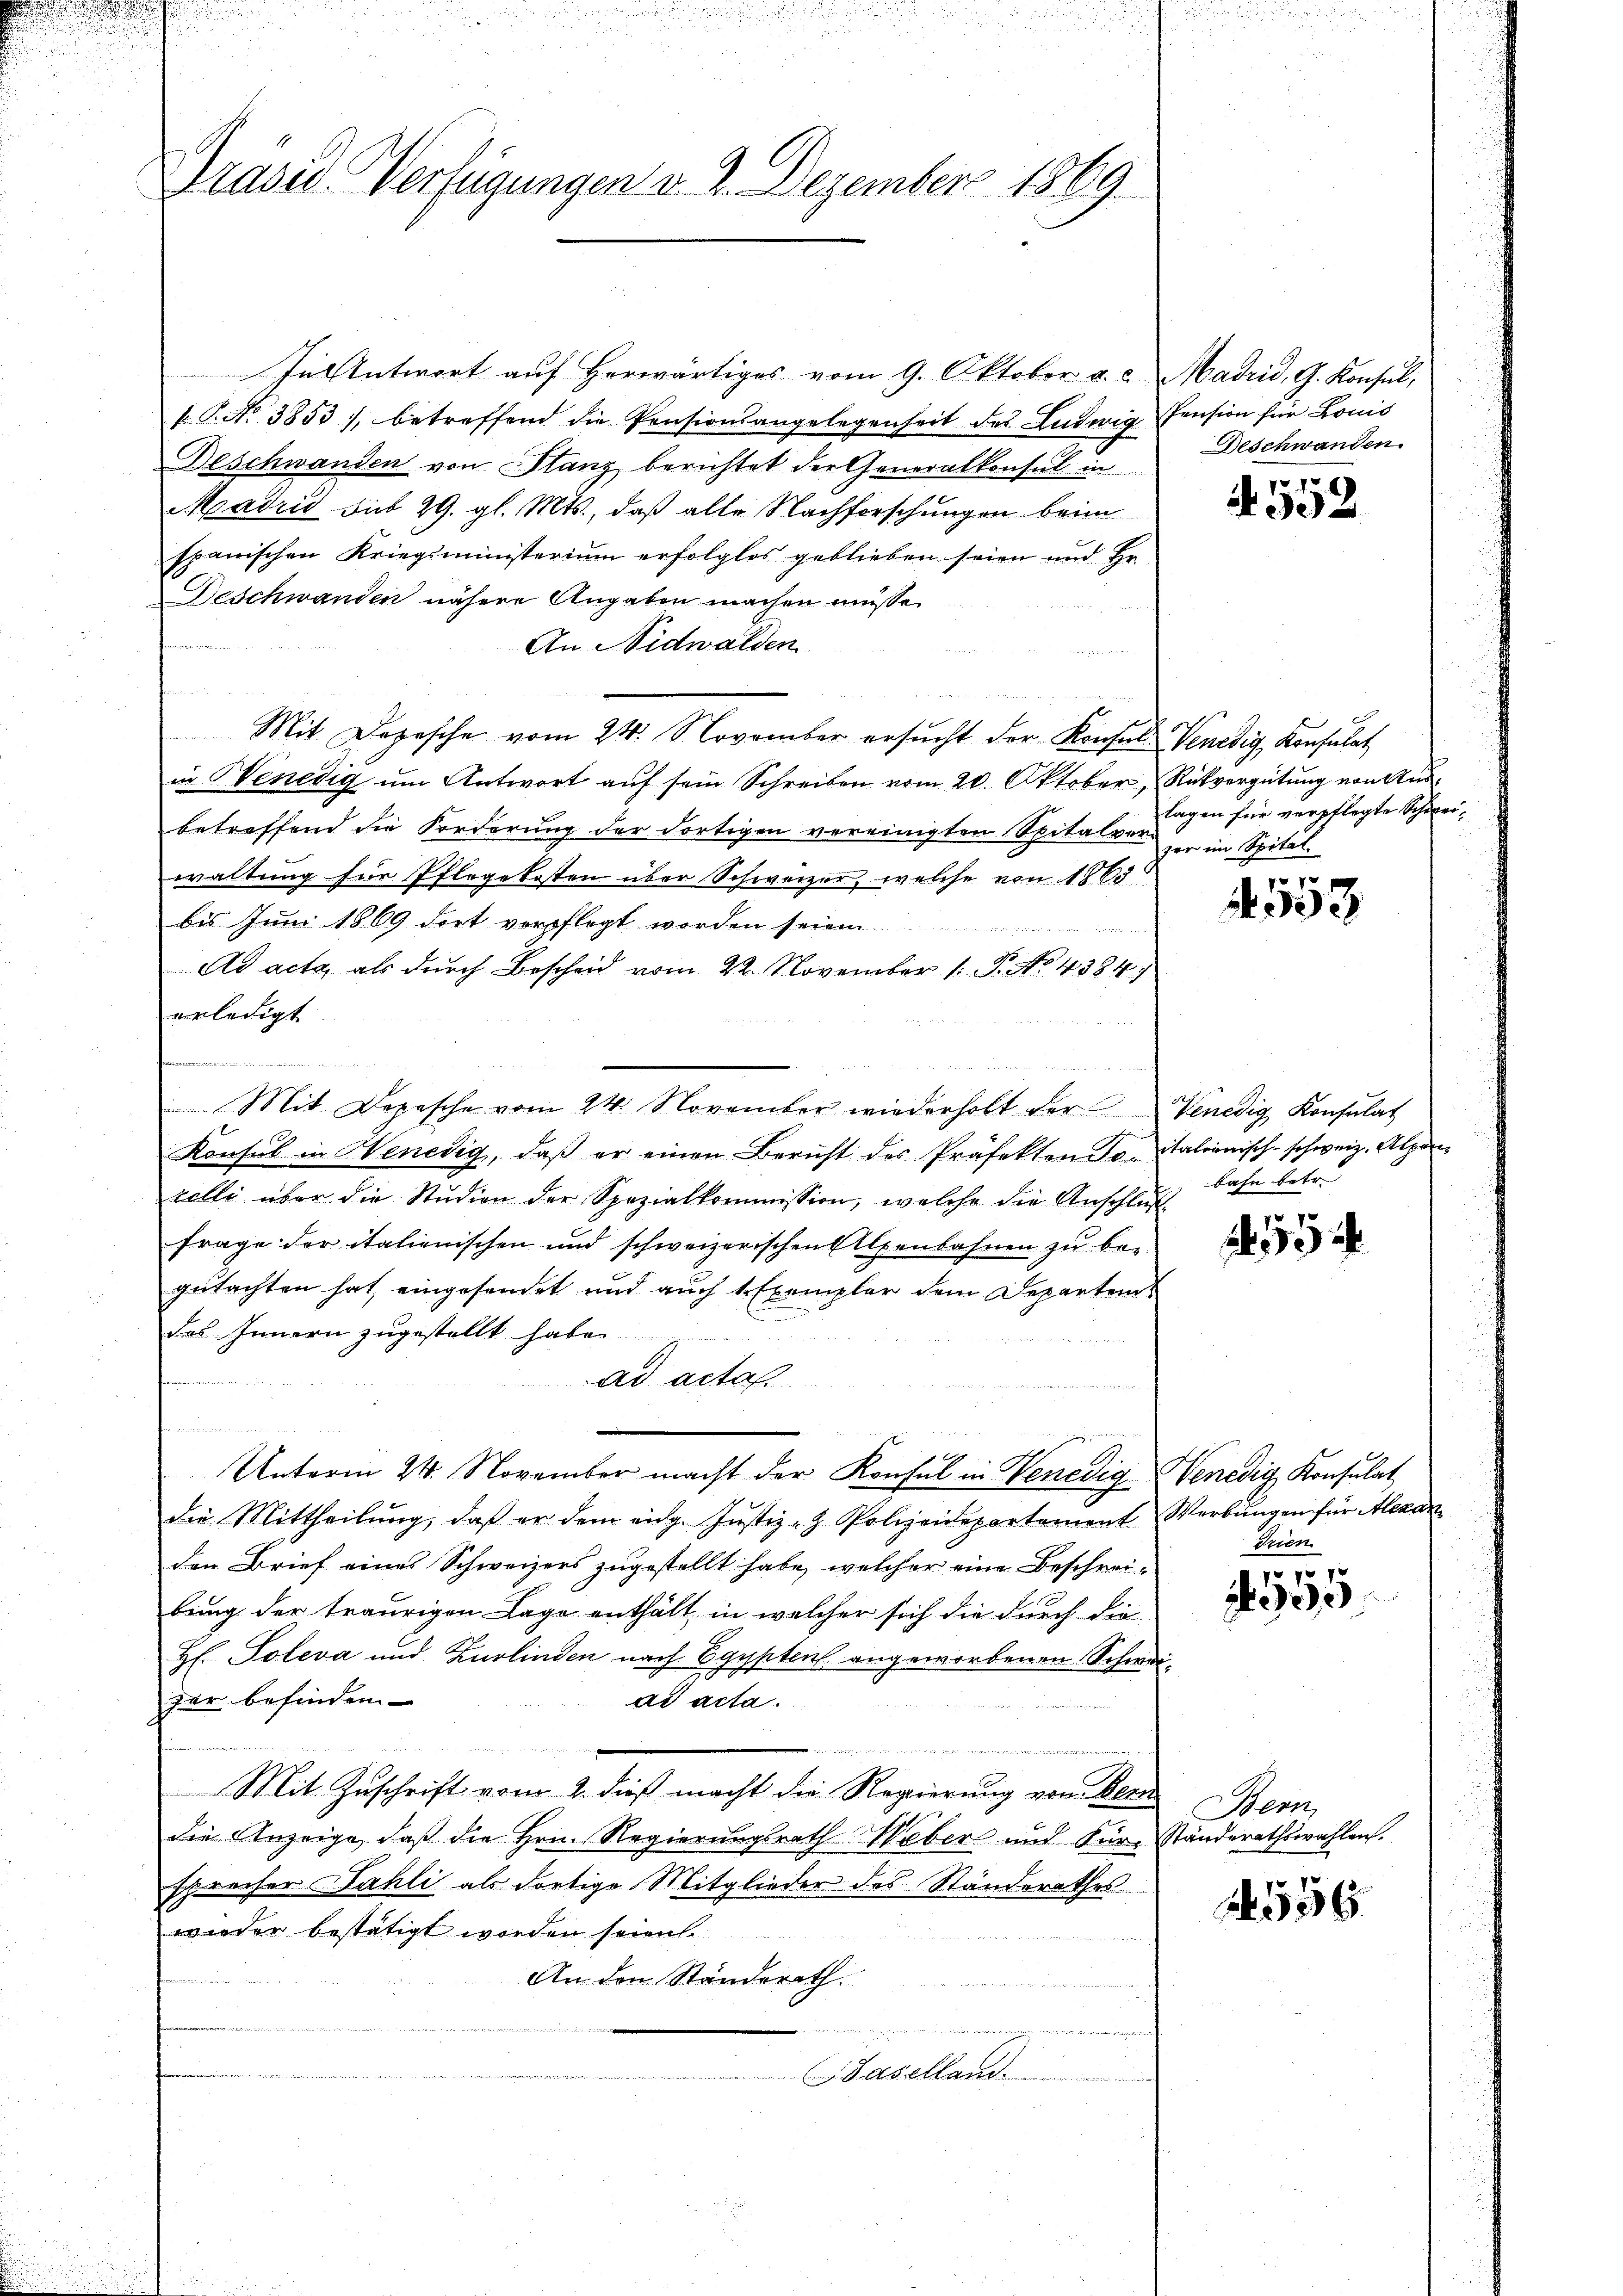
u
s

Präsid Verfügungen v. 2. Dezember 1869

In Antwort auf herwärtiges vom 9. Oktober a. c. Madrid, G. Konsul,
k. P. No 3853), betreffend die Pensionsangelegenheit des Ludwig Pension für Louis
Beschwanden von Stanz berichtet der Generalkonsul in
Madrid sub 29. gl. Mts., daß alle Nachforschungen beim
spanischen Kriegsministerium erfolglos geblieben seien und Hr.
Deschwanden nähere Angaben machen müsse.
e
An Nidwalden
t
Mit Dozische vom 24. November ersŭcht der Konsul Venedig, Konsulat
in Benedig um Antwort auf sein Schreiben vom 20. Oktober, Rückvergütung von Ausbetreffend die Forderung der dortigen vereinigten Spitalverher im Spitalwaltung für Pflegekosten über Schweizer, welche von 1863
bis Juni 1869 dort verpflegt worden seien.
Ad acta, als durch Bescheid vom 22. November (: P. No. 4384)
erledigt
Mit Depesche vom 24. November wiederholt der Venedig Konsulat
Konsul in Henedig, daß er einen Bericht des Präfekten Totalionisch-schweiz. Alpenzelli über die Studien der Spezialkommission, welche die Anschluß
frage der italienischen und schweizerischen Alpenbahnen zu begutachten hat, eingesendet und auch 1 Exempler dem Departem
das Innern zugestellt habe.
ad acta.
Unterm 24. November macht der Konsul in Venedigenedig Konsulat
die Mittheilŭng, daß er dem eidg. Jŭstiz- & Polizeidepartament Werbungen für Alexanden Brief eines Schweizers zugestellt habe, welcher eine Beschrei-
bung der traurigen Lage enthält, in welcher sich die durch die
H. Poleva und Zurlinden nach Egypten angeworbenen Schweizer befinden.
ad acta
2
n
Mit Zuschrift vom 2. dieß macht die Regierung von Bern
die Anzeige, daß die Hrn. Regierungsrath Weber und Für- Ständerathswahlen.
sprecher Zahli als dortige Mitglieder des Standerathes
wieder bestätigt worden seien.
An den Ständerath.
lthaten u.
m
Baselland.

Beschwanden.

A 552

tagen für verpflegte Schwei¬

pe
N 333

Bahn betr.

7
 50

Reiben

xxx
2300

Wenn

556